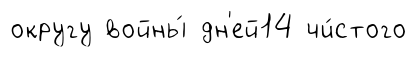
округу войны́ дн'ей14 чи́стого